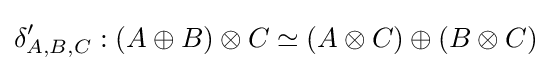
\delta '_{A,B,C}:(A\oplus B)\otimes C\simeq (A\otimes C)\oplus (B\otimes C)